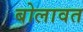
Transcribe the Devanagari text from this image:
बोलावत